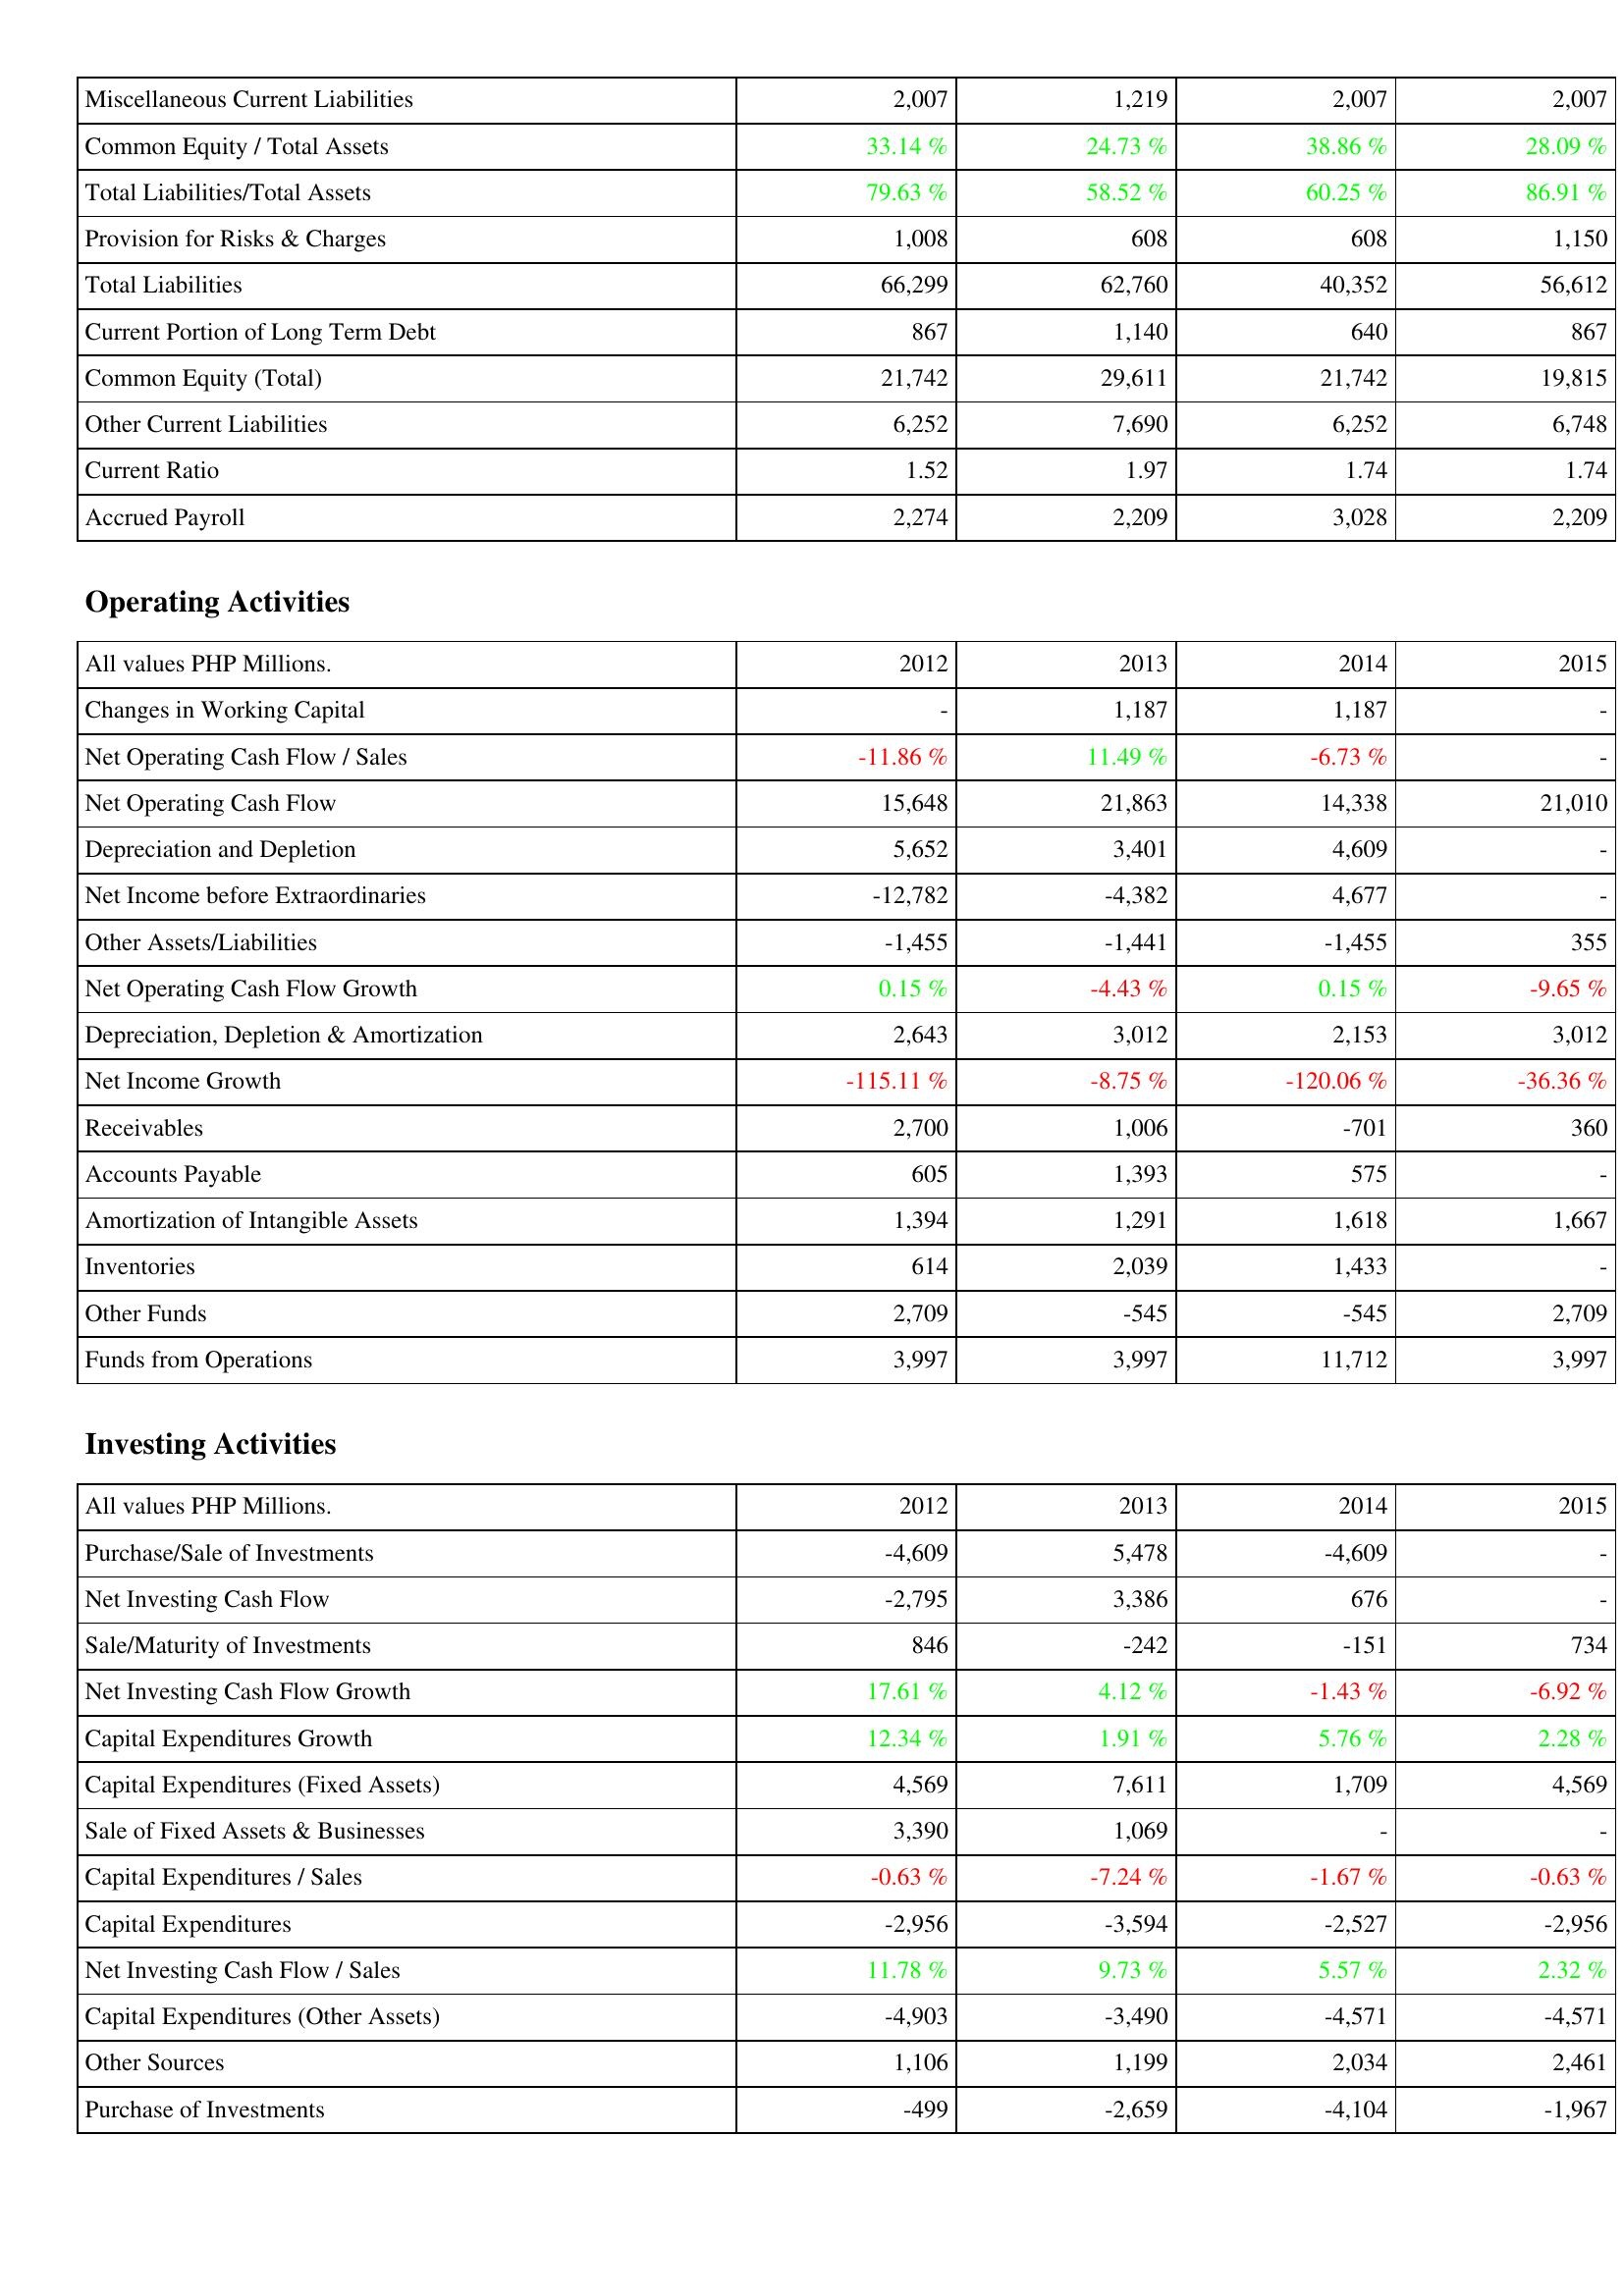
2012: Liabilities & Shareholders' Equity: Miscellaneous Current Liabilities: 2,007
Common Equity / Total Assets: 33.14 %
Total Liabilities/Total Assets: 79.63 %
Provision for Risks & Charges: 1,008
Total Liabilities: 66,299
Current Portion of Long Term Debt: 867
Common Equity (Total): 21,742
Other Current Liabilities: 6,252
Current Ratio: 1.52
Accrued Payroll: 2,274
Operating Activities: Changes in Working Capital: -
Net Operating Cash Flow / Sales: -11.86 %
Net Operating Cash Flow: 15,648
Depreciation and Depletion: 5,652
Net Income before Extraordinaries: -12,782
Other Assets/Liabilities: -1,455
Net Operating Cash Flow Growth: 0.15 %
Depreciation, Depletion & Amortization: 2,643
Net Income Growth: -115.11 %
Receivables: 2,700
Accounts Payable: 605
Amortization of Intangible Assets: 1,394
Inventories: 614
Other Funds: 2,709
Funds from Operations: 3,997
Investing Activities: Purchase/Sale of Investments: -4,609
Net Investing Cash Flow: -2,795
Sale/Maturity of Investments: 846
Net Investing Cash Flow Growth: 17.61 %
Capital Expenditures Growth: 12.34 %
Capital Expenditures (Fixed Assets): 4,569
Sale of Fixed Assets & Businesses: 3,390
Capital Expenditures / Sales: -0.63 %
Capital Expenditures: -2,956
Net Investing Cash Flow / Sales: 11.78 %
Capital Expenditures (Other Assets): -4,903
Other Sources: 1,106
Purchase of Investments: -499
2013: Liabilities & Shareholders' Equity: Miscellaneous Current Liabilities: 1,219
Common Equity / Total Assets: 24.73 %
Total Liabilities/Total Assets: 58.52 %
Provision for Risks & Charges: 608
Total Liabilities: 62,760
Current Portion of Long Term Debt: 1,140
Common Equity (Total): 29,611
Other Current Liabilities: 7,690
Current Ratio: 1.97
Accrued Payroll: 2,209
Operating Activities: Changes in Working Capital: 1,187
Net Operating Cash Flow / Sales: 11.49 %
Net Operating Cash Flow: 21,863
Depreciation and Depletion: 3,401
Net Income before Extraordinaries: -4,382
Other Assets/Liabilities: -1,441
Net Operating Cash Flow Growth: -4.43 %
Depreciation, Depletion & Amortization: 3,012
Net Income Growth: -8.75 %
Receivables: 1,006
Accounts Payable: 1,393
Amortization of Intangible Assets: 1,291
Inventories: 2,039
Other Funds: -545
Funds from Operations: 3,997
Investing Activities: Purchase/Sale of Investments: 5,478
Net Investing Cash Flow: 3,386
Sale/Maturity of Investments: -242
Net Investing Cash Flow Growth: 4.12 %
Capital Expenditures Growth: 1.91 %
Capital Expenditures (Fixed Assets): 7,611
Sale of Fixed Assets & Businesses: 1,069
Capital Expenditures / Sales: -7.24 %
Capital Expenditures: -3,594
Net Investing Cash Flow / Sales: 9.73 %
Capital Expenditures (Other Assets): -3,490
Other Sources: 1,199
Purchase of Investments: -2,659
2014: Liabilities & Shareholders' Equity: Miscellaneous Current Liabilities: 2,007
Common Equity / Total Assets: 38.86 %
Total Liabilities/Total Assets: 60.25 %
Provision for Risks & Charges: 608
Total Liabilities: 40,352
Current Portion of Long Term Debt: 640
Common Equity (Total): 21,742
Other Current Liabilities: 6,252
Current Ratio: 1.74
Accrued Payroll: 3,028
Operating Activities: Changes in Working Capital: 1,187
Net Operating Cash Flow / Sales: -6.73 %
Net Operating Cash Flow: 14,338
Depreciation and Depletion: 4,609
Net Income before Extraordinaries: 4,677
Other Assets/Liabilities: -1,455
Net Operating Cash Flow Growth: 0.15 %
Depreciation, Depletion & Amortization: 2,153
Net Income Growth: -120.06 %
Receivables: -701
Accounts Payable: 575
Amortization of Intangible Assets: 1,618
Inventories: 1,433
Other Funds: -545
Funds from Operations: 11,712
Investing Activities: Purchase/Sale of Investments: -4,609
Net Investing Cash Flow: 676
Sale/Maturity of Investments: -151
Net Investing Cash Flow Growth: -1.43 %
Capital Expenditures Growth: 5.76 %
Capital Expenditures (Fixed Assets): 1,709
Sale of Fixed Assets & Businesses: -
Capital Expenditures / Sales: -1.67 %
Capital Expenditures: -2,527
Net Investing Cash Flow / Sales: 5.57 %
Capital Expenditures (Other Assets): -4,571
Other Sources: 2,034
Purchase of Investments: -4,104
2015: Liabilities & Shareholders' Equity: Miscellaneous Current Liabilities: 2,007
Common Equity / Total Assets: 28.09 %
Total Liabilities/Total Assets: 86.91 %
Provision for Risks & Charges: 1,150
Total Liabilities: 56,612
Current Portion of Long Term Debt: 867
Common Equity (Total): 19,815
Other Current Liabilities: 6,748
Current Ratio: 1.74
Accrued Payroll: 2,209
Operating Activities: Changes in Working Capital: -
Net Operating Cash Flow / Sales: -
Net Operating Cash Flow: 21,010
Depreciation and Depletion: -
Net Income before Extraordinaries: -
Other Assets/Liabilities: 355
Net Operating Cash Flow Growth: -9.65 %
Depreciation, Depletion & Amortization: 3,012
Net Income Growth: -36.36 %
Receivables: 360
Accounts Payable: -
Amortization of Intangible Assets: 1,667
Inventories: -
Other Funds: 2,709
Funds from Operations: 3,997
Investing Activities: Purchase/Sale of Investments: -
Net Investing Cash Flow: -
Sale/Maturity of Investments: 734
Net Investing Cash Flow Growth: -6.92 %
Capital Expenditures Growth: 2.28 %
Capital Expenditures (Fixed Assets): 4,569
Sale of Fixed Assets & Businesses: -
Capital Expenditures / Sales: -0.63 %
Capital Expenditures: -2,956
Net Investing Cash Flow / Sales: 2.32 %
Capital Expenditures (Other Assets): -4,571
Other Sources: 2,461
Purchase of Investments: -1,967